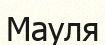
Мауля